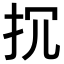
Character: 𢪚